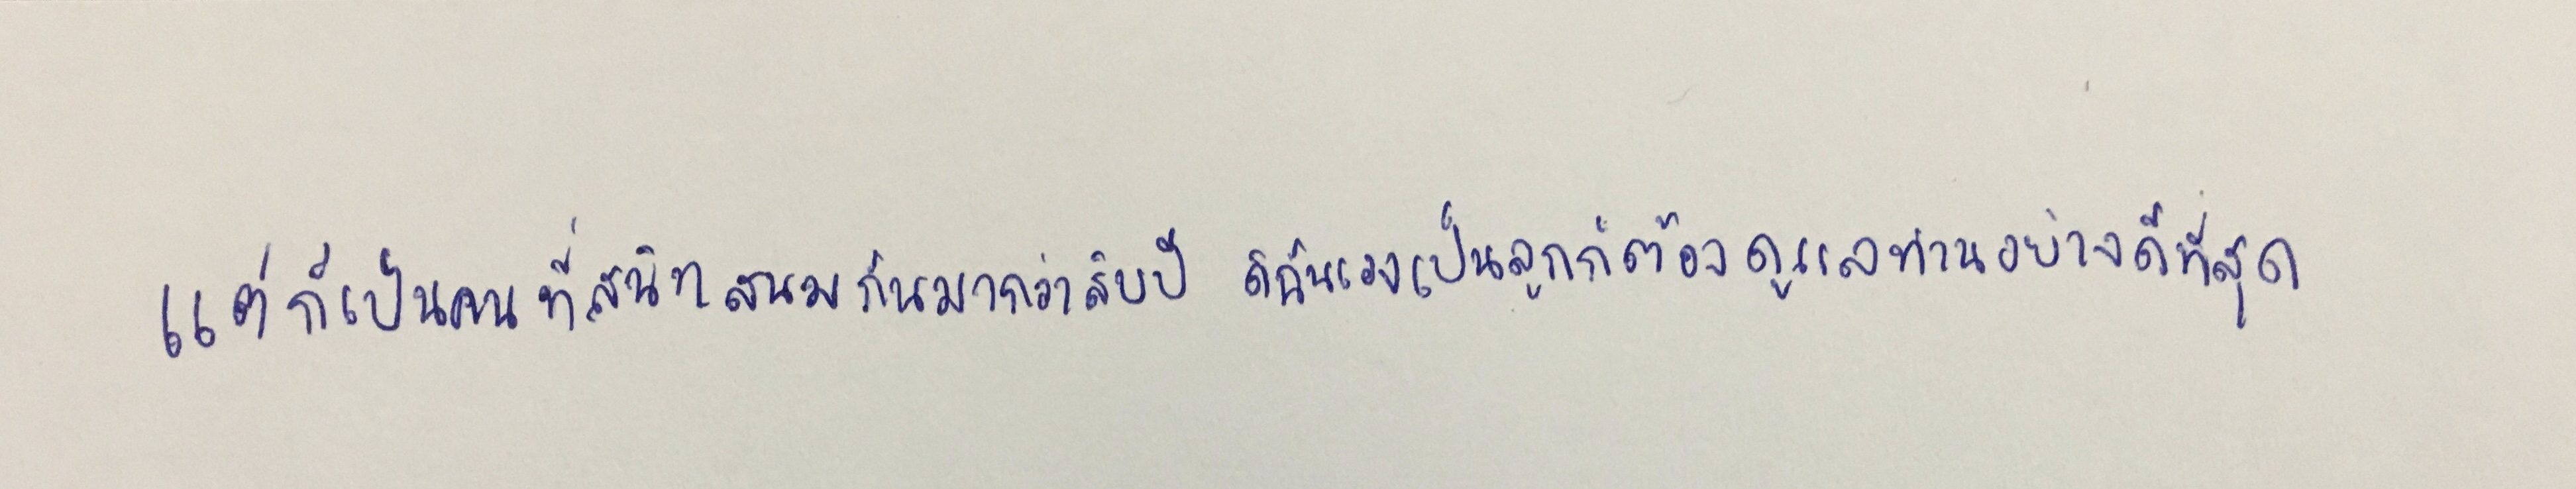
แต่ก็เป็นคนที่สนิทสนมกันมากว่าสิบปีดิฉันเองเป็นลูกก็ต้องดูแลท่านอย่างดีที่สุด..."